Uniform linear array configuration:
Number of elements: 24
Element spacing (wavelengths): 0.25
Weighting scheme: binomial
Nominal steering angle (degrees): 15
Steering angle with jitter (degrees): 14.808
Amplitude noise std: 0.05
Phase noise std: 0.05

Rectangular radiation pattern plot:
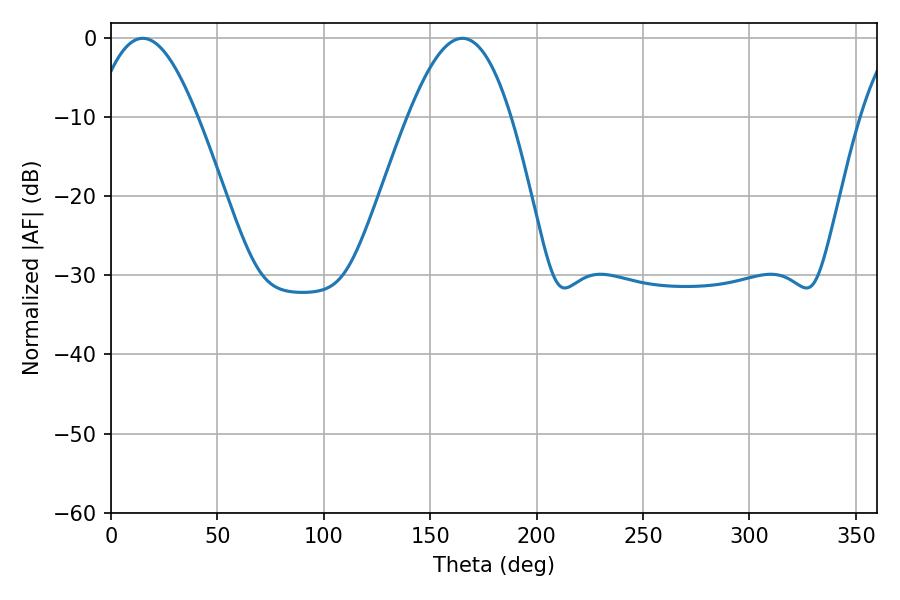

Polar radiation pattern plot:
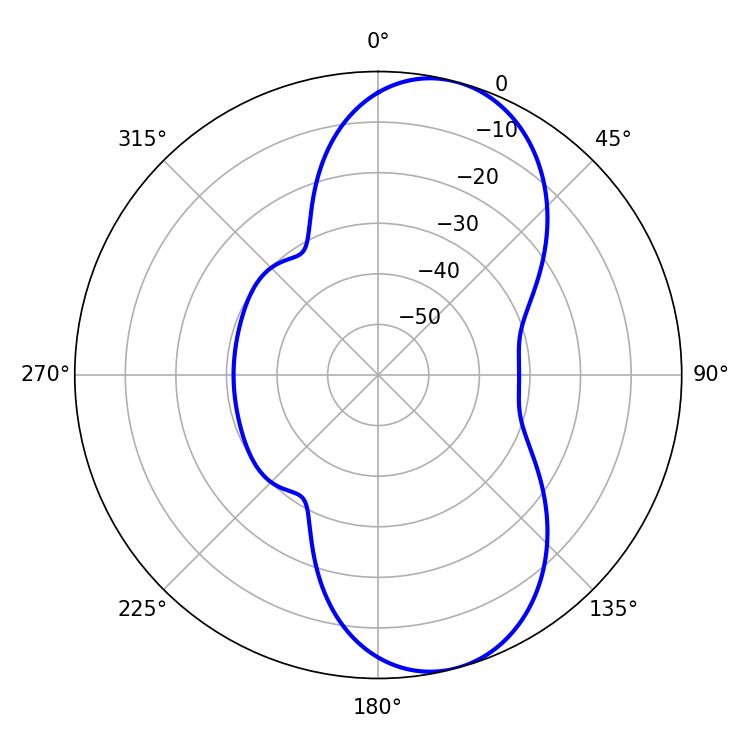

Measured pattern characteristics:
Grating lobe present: FALSE
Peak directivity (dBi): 8.77
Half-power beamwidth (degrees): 26.1
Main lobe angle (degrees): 14.94